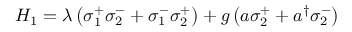
H _ { 1 } = \lambda \left( \sigma _ { 1 } ^ { + } \sigma _ { 2 } ^ { - } + \sigma _ { 1 } ^ { - } \sigma _ { 2 } ^ { + } \right) + g \left( a \sigma _ { 2 } ^ { + } + a ^ { \dagger } \sigma _ { 2 } ^ { - } \right)